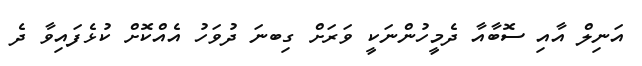
އަނިލް އާއި ސޮބާއާ ދެމީހުންނަކީ ވަރަށް ގިބނަ ދުވަހު އެއްކޮށް ކުޅެފައިވާ ދެ